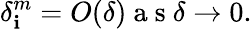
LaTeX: \delta_{\mathbf{i}}^{m}=O(\delta)\mathrm{{~a~s~}}\delta\rightarrow0.